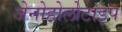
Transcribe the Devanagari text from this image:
जेनोहोलोटाइप